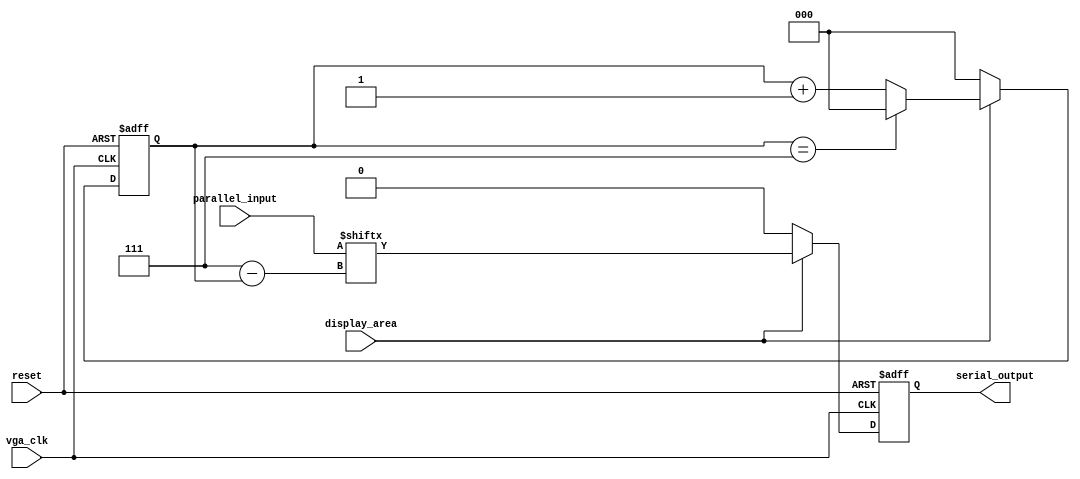
module piso(reset,parallel_input,vga_clk,display_area,serial_output);
input [7:0] parallel_input;
input vga_clk,display_area,reset;
output reg serial_output;
reg [2:0]cnt;
always @(posedge vga_clk or posedge reset)
begin
 if (reset)
	begin
		cnt<=3'd0;
		serial_output <= 0;
	end
	else if (display_area==0) 
    begin
    cnt<=0;
    serial_output <= 0;
    end
	else //arxizei h seiriakh na vgazei bit
		begin 
          serial_output <= parallel_input[7-cnt];

        if (cnt==3'd7)
		    cnt<=0;
        else
		 cnt<=cnt+1;
		end
end
endmodule